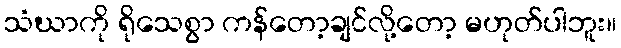
သံဃာကို ရိုသေစွာ ကန်တော့ချင်လို့တော့ မဟုတ်ပါဘူး။